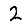
Digit: 2